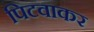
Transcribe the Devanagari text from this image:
पिटवाकर